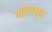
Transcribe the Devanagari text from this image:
मौनगृह